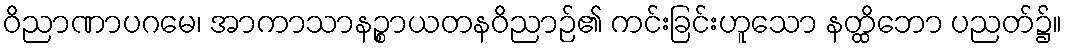
ဝိညာဏာပဂမေ၊ အာကာသာနဉ္စာယတနဝိညာဉ်၏ ကင်းခြင်းဟူသော နတ္ထိဘော ပညတ်၌။